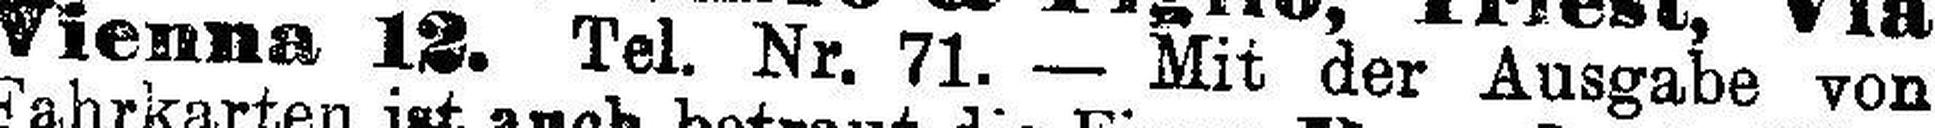
Vienna 12. Tel. Nr. 71. — Mit der Ausgabe von